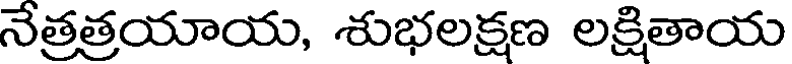
నేత్రత్రయాయ, శుభలక్షణ లక్షితాయ